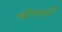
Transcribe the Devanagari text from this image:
चर्मण्यवती